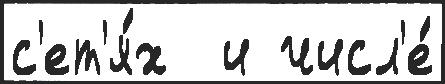
с'ет'я́х  и числ'е́